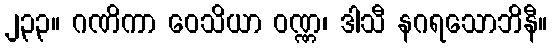
၂၃၃။ ဂဏိကာ ဝေသိယာ ဝဏ္ဏ၊ ဒါသီ နဂရသောဘိနီ။